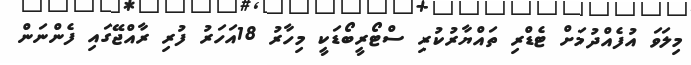
މިލަވަ އުފެއްދުމަށް ޓެޑްރި ތައްޔާރުކުރި ސްޓޯރީބޯޑަކީ މިހާރު 18އަހަރު ފުރި ރާއްޖޭގައި ފެންނަން